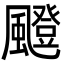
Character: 𩘼